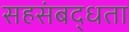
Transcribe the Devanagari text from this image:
सहसंबद्धता